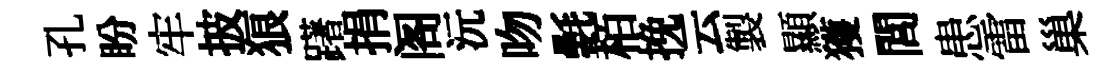
孔盼牢披狼躇捐阁沅吻氎栢挽云製顯獲閭患雷巢